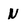
Character: N